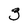
Character: 3